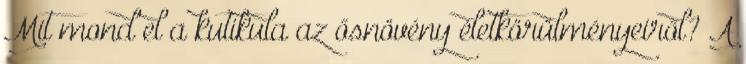
Mit mond el a kutikula az ősnövény életkörülményeiről? A